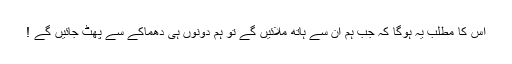
اس کا مطلب یہ ہوگا کہ جب ہم ان سے ہاتھ ملائیں گے تو ہم دونوں ہی دھماکے سے پھٹ جائیں گے !